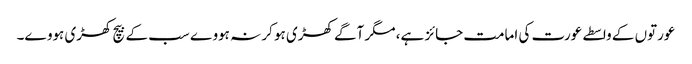
عورتوں کے واسطے عورت کی امامت جائز ہے، مگر آگے کھڑی ہو کر نہ ہووے سب کے بیچ کھڑی ہووے۔